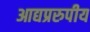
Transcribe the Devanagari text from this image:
आद्यप्ररुपीय